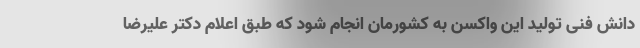
دانش فنی تولید این واکسن به کشورمان انجام شود که طبق اعلام دکتر علیرضا